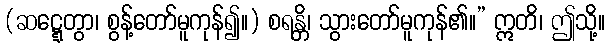
(ဆဋ္ဋေတွာ၊ စွန့်တော်မူကုန်၍။) စရန္တိ၊ သွားတော်မူကုန်၏။” ဣတိ၊ ဤသို့။